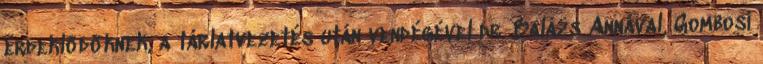
érdeklődőknek, a tárlatvezetés után vendégével dr. Balázs Annával, Gombosi